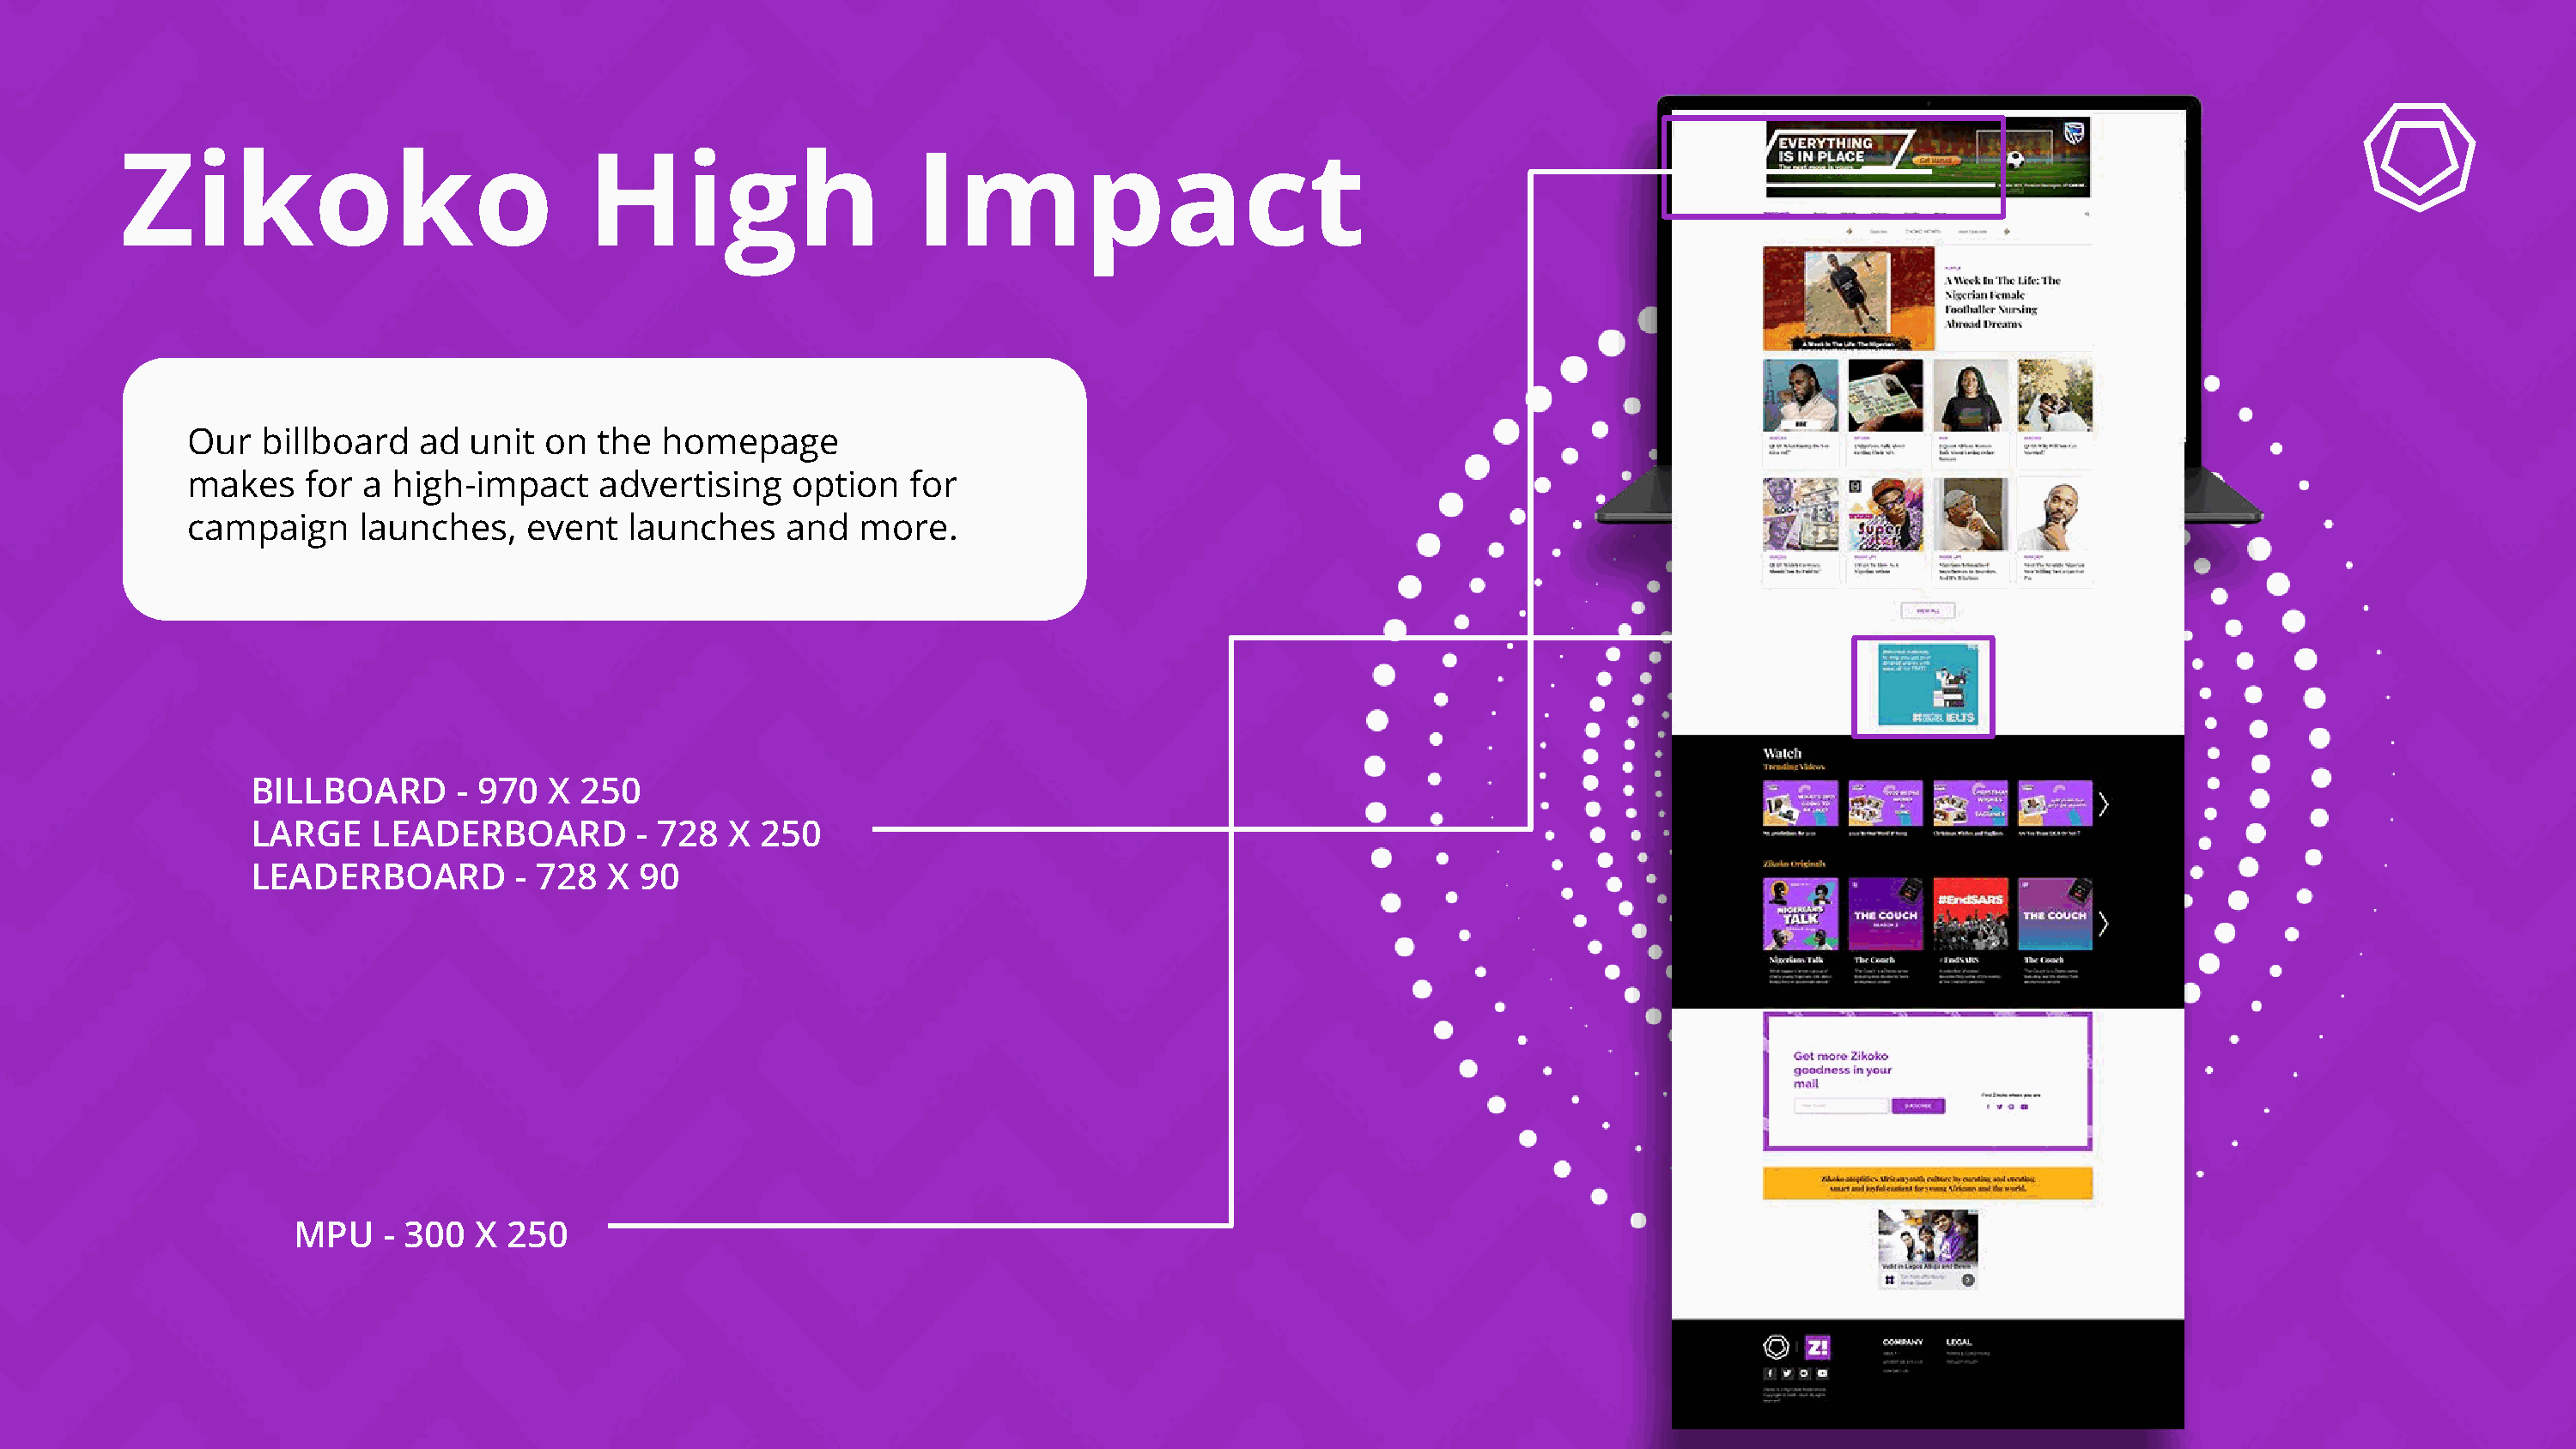
Zikoko                              High                      Impact
 Our   billboard   ad  unit  on  the  homepage
 makes     for a high-impact     advertising    option   for
 campaign      launches,    event  launches     and  more.
 BILLBOARD       - 970  X  250
 LARGE     LEADERBOARD         - 728  X  250
 LEADERBOARD          - 728  X 90
 MPU    - 300  X 250